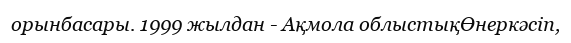
орынбасары. 1999 жылдан - Ақмола облыстықӨнеркәсіп,